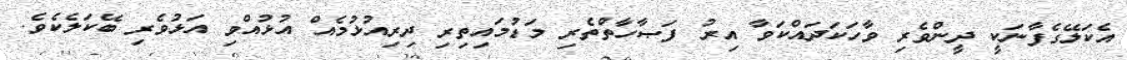
އެކަލޭގެފާނަކީ ދީންވެރި ވާހަކަދައްކަވާ އިރު ފަޞާހާތްތެރި މަޑުމައިތިރި ދިރިއުޅުމެއް އުޅުއްވި އަޅުވެރި ބޭކަލެކެވެ.